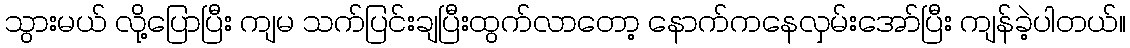
သွားမယ် လို့ပြောပြီး ကျမ သက်ပြင်းချပြီးထွက်လာတော့ နောက်ကနေလှမ်းအော်ပြီး ကျန်ခဲ့ပါတယ်။